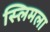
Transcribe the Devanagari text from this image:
स्लिमला